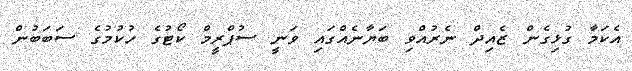
އެކަމާ ގުޅިގެން ޒެއިދް ނެރުއްވި ބަޔާނެއްގައި ވަނީ ސުޕްރީމް ކޯޓުގެ ހުކުމުގެ ސަބަބުން